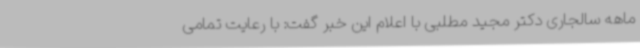
ماهه سالجاری دکتر مجید مطلبی با اعلام این خبر گفت: با رعایت تمامی